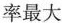
率最大